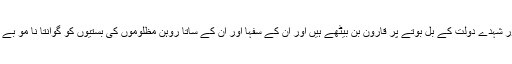
ڈوم ڈھاری،بھانڈ،بھڑوے ،مسخرے ،لچے اور شہدے دولت کے بل بوتے پر قارون بن بیٹھے ہیں اور ان کے سفہا اور ان کے ساتا روہن مظلوموں کی بستیوں کو گوانتا نا مو بے بنا کر رقص ابلیس میں منہمک ہو جاتے ہیں۔